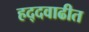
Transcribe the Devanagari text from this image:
हद्दवाढीत